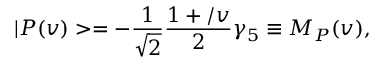
| { \cal P } ( v ) > = - \frac { 1 } { \sqrt { 2 } } \frac { 1 + \slash { v } } { 2 } \gamma _ { 5 } \equiv { \cal M } _ { P } ( v ) ,